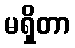
မရှိတာ